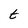
Character: t